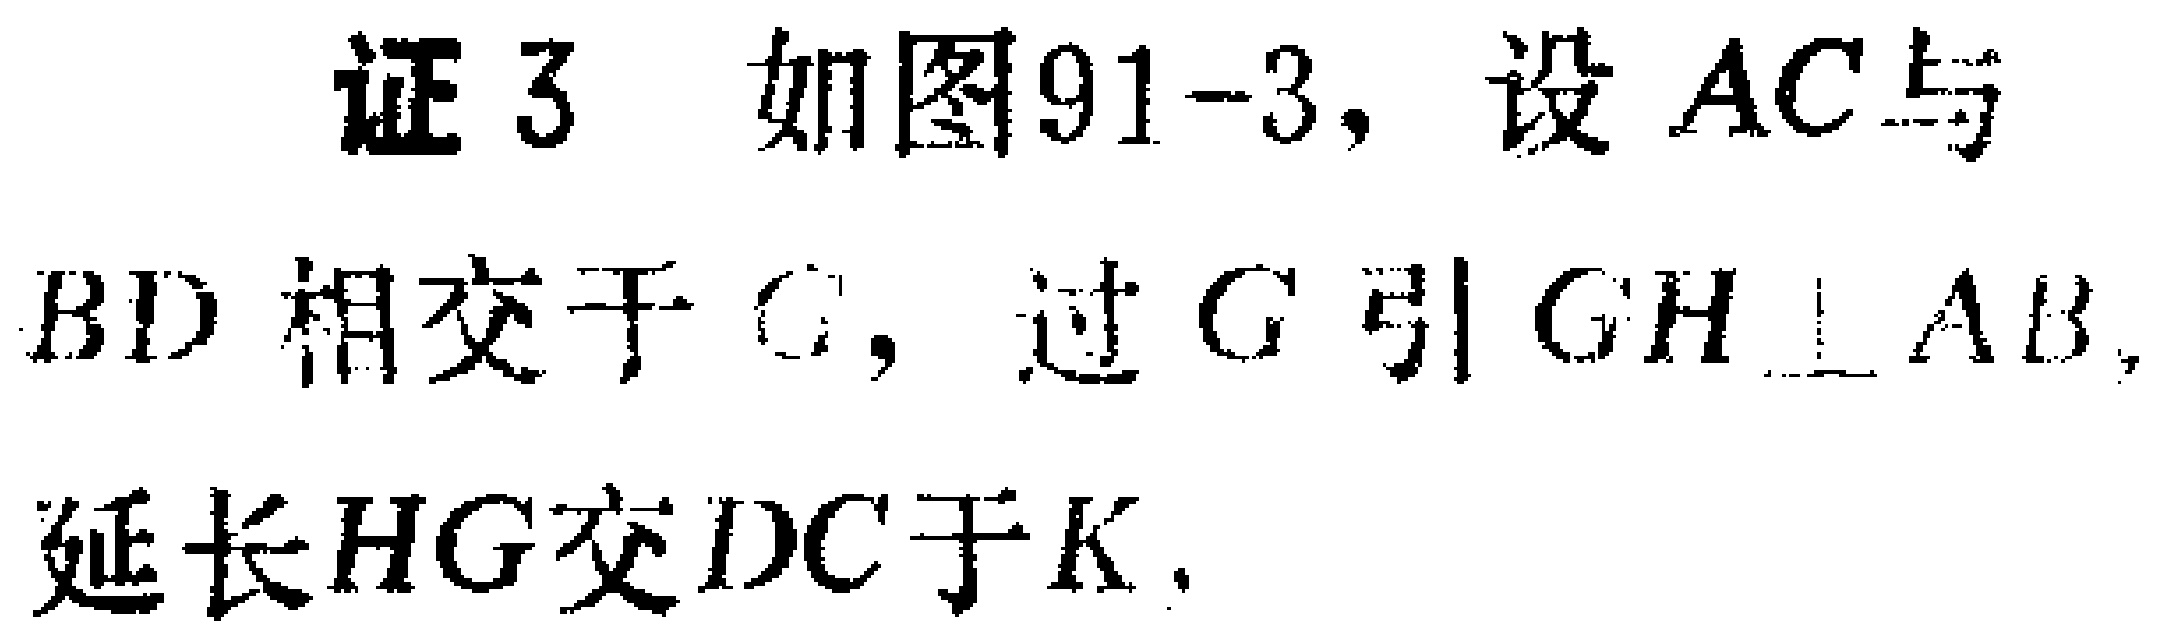
证 3 如图91-3, 设 \(AC\) 与 \(BD\) 相交于 \(G\), 过 \(G\) 引 \(GH\perp AB\), 延长 \(HG\) 交 \(DC\) 于 \(K\).